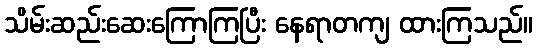
သိမ်းဆည်းဆေးကြောကြပြီး နေရာတကျ ထားကြသည်။